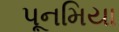
પૂનમિયા